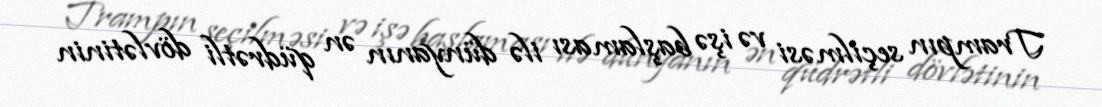
Trampın seçilməsi və işə başlaması ilə dünyanın ən qüdrətli dövlətinin